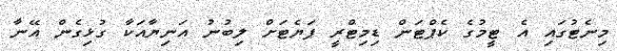
މިނެޓުގައި އެ ޓީމުގެ ކެޕްޓަން ޑިމިޓްރީ ޕަޔެޓަށް ލިބުނު އަނިޔާއަކާ ގުޅިގެން އޭނާ